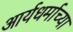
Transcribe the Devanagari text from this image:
आर्यधर्माच्या